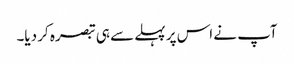
آپ نے اس پر پہلے سے ہی تبصرہ کر دیا۔